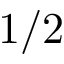
1 / 2